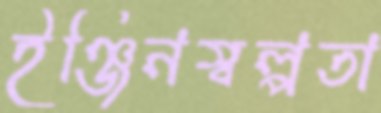
ইঞ্জিনস্বল্পতা